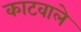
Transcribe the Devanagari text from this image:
काटवाले